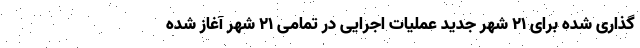
گذاری شده برای ۲۱ شهر جدید عملیات اجرایی در تمامی ۲۱ شهر آغاز شده